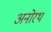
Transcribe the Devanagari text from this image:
अनोरथ